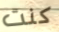
كنت